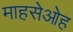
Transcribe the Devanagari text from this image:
माहसेओह